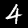
Label: 4